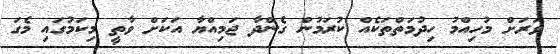
ވަރަށް މުހިއްމު ހިދުމަތްތަކެއް ކުރަމުން ގެންދާ ޖަމިއްޔާ އަކަށް ވާތީ މިކަމުގައި މެގަ